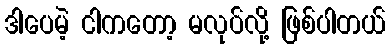
ဒါပေမဲ့ ငါကတော့ မလုပ်လို့ ဖြစ်ပါတယ်